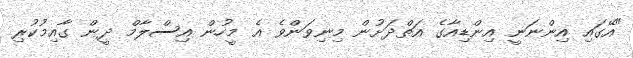
"އޭގައި އިންނަނީ އިންޑިއާގެ އަތްދަށުން މިނިވަންވެ އެ މީހުން އިސްލާމް ދީން ގާއިމުކުރި